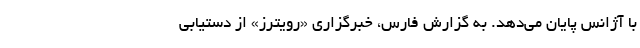
با آژانس پایان می‌دهد. به گزارش فارس، خبرگزاری «رویترز» از دستیابی